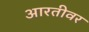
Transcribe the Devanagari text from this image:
आरतीवर